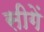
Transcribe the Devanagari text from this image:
सीगें